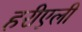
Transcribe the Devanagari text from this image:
हरीएली